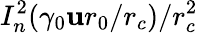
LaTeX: I_{n}^{2}(\gamma_{0}\mathbf{u}r_{0}/r_{c})/r_{c}^{2}